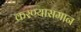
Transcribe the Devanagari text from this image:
करण्यासमान